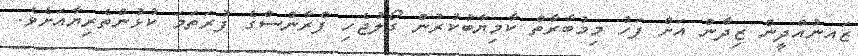
ޒައނުއްދީން ޒިދާން އަށް ފަހު މިމުބާރާތް ކާމިޔާބުކުރުން ގޯލުޖެހި ފްރާންސްގެ ފުރަތަމަ ކުޅުންތެރިޔާއަށެވެ.